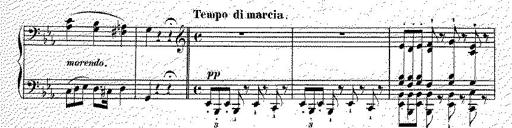
Title: Illustrations du ProphÃ¨te
Composer: Franz Liszt